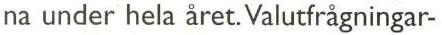
na under hela året. Valutfrågningar-